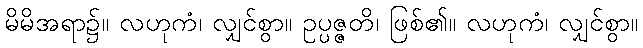
မိမိအရာ၌။ လဟုကံ၊ လျှင်စွာ။ ဥပ္ပဇ္ဇတိ၊ ဖြစ်၏။ လဟုကံ၊ လျှင်စွာ။